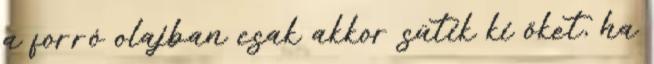
a forró olajban csak akkor sütik ki őket, ha